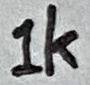
Text: 1K